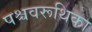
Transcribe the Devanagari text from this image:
पश्चवरूथिका